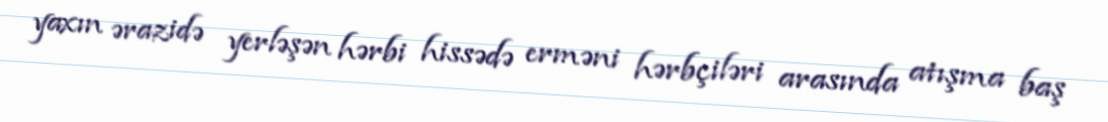
yaxın ərazidə yerləşən hərbi hissədə erməni hərbçiləri arasında atışma baş